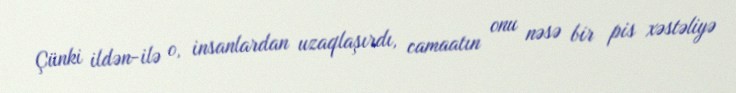
Çünki ildən-ilə o, insanlardan uzaqlaşırdı, camaatın onu nəsə bir pis xəstəliyə